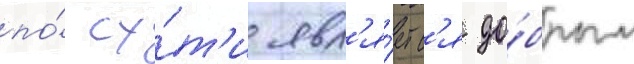
по́ су́т'и явл'я́етс'я до́брым